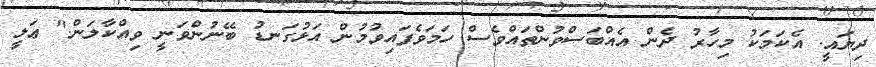
ދިޔައީ. އެކަމަކު މިހާރު ދެން އެއްބަސްވުންތައްވެސް ހަމަވެފައިވުމުން އަޅުގަނޑު ބޭނުންވަނީ ވިއްކާލަން." ޢަލީ